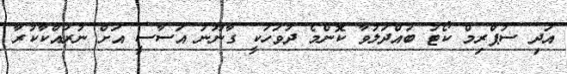
އަދި ސުޕްރިމް ކޯޓު ބައްދަލުވާ ކޮންމެ ދުވަހަކީ ގާނޫނު އަސާސީ އަށް ނުރައްކާކުރާ